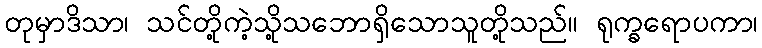
တုမှာဒိသာ၊ သင်တို့ကဲ့သို့သဘောရှိသောသူတို့သည်။ ရုက္ခရောပကာ၊